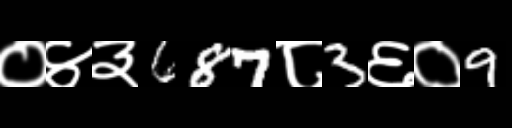
Text: ०४३687८3६०9